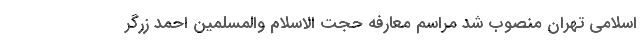
اسلامی تهران منصوب شد مراسم معارفه حجت الاسلام والمسلمین احمد زرگر